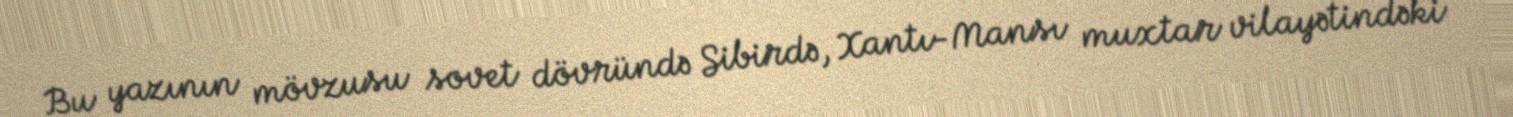
Bu yazının mövzusu sovet dövründə Sibirdə, Xantı-Mansı muxtar vilayətindəki